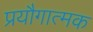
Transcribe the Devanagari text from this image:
प्रयौगात्मक